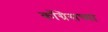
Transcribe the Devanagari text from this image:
काँग्रॆसच्या